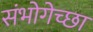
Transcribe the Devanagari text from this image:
संभोगेच्छा